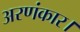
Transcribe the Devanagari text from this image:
अरणंकार।